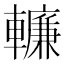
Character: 𨎷